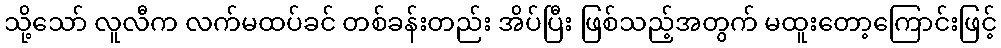
သို့သော် လူလီက လက်မထပ်ခင် တစ်ခန်းတည်း အိပ်ပြီး ဖြစ်သည့်အတွက် မထူးတော့ကြောင်းဖြင့်